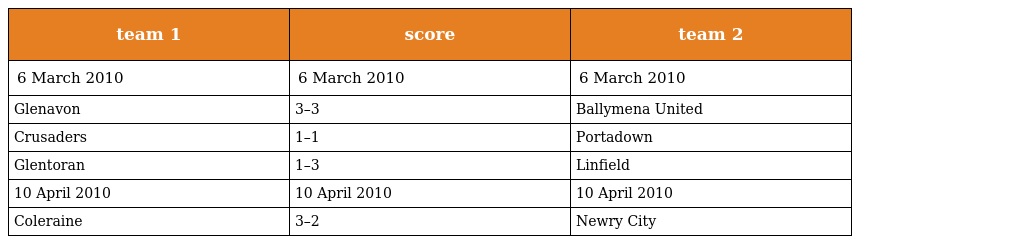
| team 1 | score | team 2 |
 | --- | --- | --- |
 | 6 March 2010 | 6 March 2010 | 6 March 2010 |
 | Glenavon | 3–3 | Ballymena United |
 | Crusaders | 1–1 | Portadown |
 | Glentoran | 1–3 | Linfield |
 | 10 April 2010 | 10 April 2010 | 10 April 2010 |
 | Coleraine | 3–2 | Newry City |